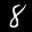
Label: 8